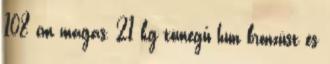
108 cm magas, 21 kg tömegű hun bronzüst és